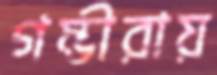
গম্ভীরায়